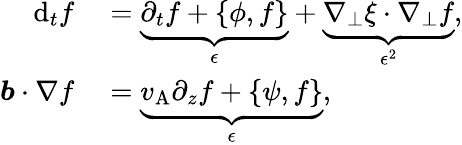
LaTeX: \begin{array}{rl}{\mathrm{d}_{t}f}&{{}=\underbrace{\partial_{t}f+\{ \phi,f\} }_{\epsilon}+\underbrace{\nabla_{\perp}\xi\cdot\nabla_{\perp}f}_{\epsilon^{2}},}\\ {\boldsymbol{b}\cdot\nabla f}&{{}=\underbrace{v_{\mathrm{A}}\partial_{z}f+\{ \psi,f\} }_{\epsilon},}\end{array}